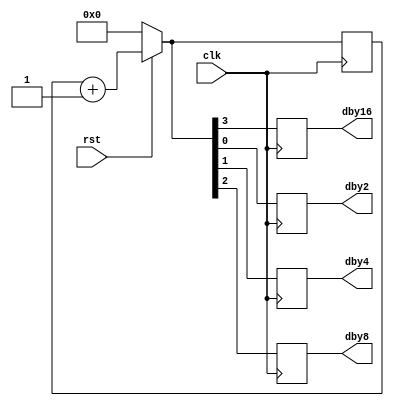
`timescale 1ns / 1ps
//////////////////////////////////////////////////////////////////////////////////
// Company: 
// Engineer: 
// 
// Design Name: 
// Module Name: Clock_divider
// Project Name: 
// Target Devices: 
// Tool Versions: 
// Description: 
// 
// Dependencies: 
// 
// Revision:
// Revision 0.01 - File Created
// Additional Comments:
// 
//////////////////////////////////////////////////////////////////////////////////


module Clock_divider(clk,dby2,dby4,dby8,dby16,rst);

input clk,rst;
output reg dby2,dby4,dby8,dby16;
reg [3:0]count;
always@(posedge clk)
begin
    if(rst==0)
    count=4'b0000;
    else
    count=count+1;
    dby2=count[0];
    dby4=count[1];
    dby8=count[2];
    dby16=count[3];
end

endmodule